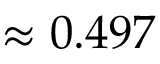
\approx 0 . 4 9 7